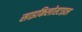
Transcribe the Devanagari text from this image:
साइकिलोस्टाइल